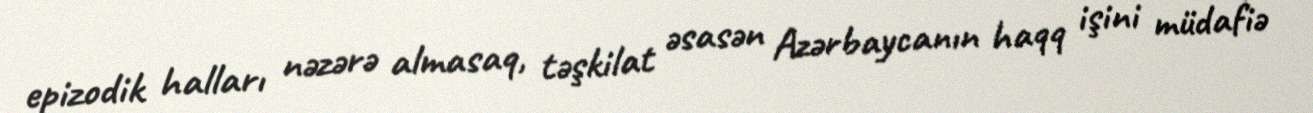
epizodik halları nəzərə almasaq, təşkilat əsasən Azərbaycanın haqq işini müdafiə